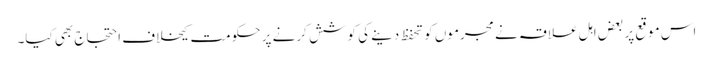
اس موقع پر بعض اہل علاقہ نے مجرموں کو تحفظ دینے کی کوشش کرنے پر حکومت کیخلاف احتجاج بھی کیا۔